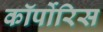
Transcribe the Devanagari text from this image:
कॉर्पोरिस